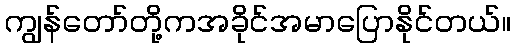
ကျွန်တော်တို့ကအခိုင်အမာပြောနိုင်တယ်။